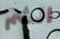
الشم